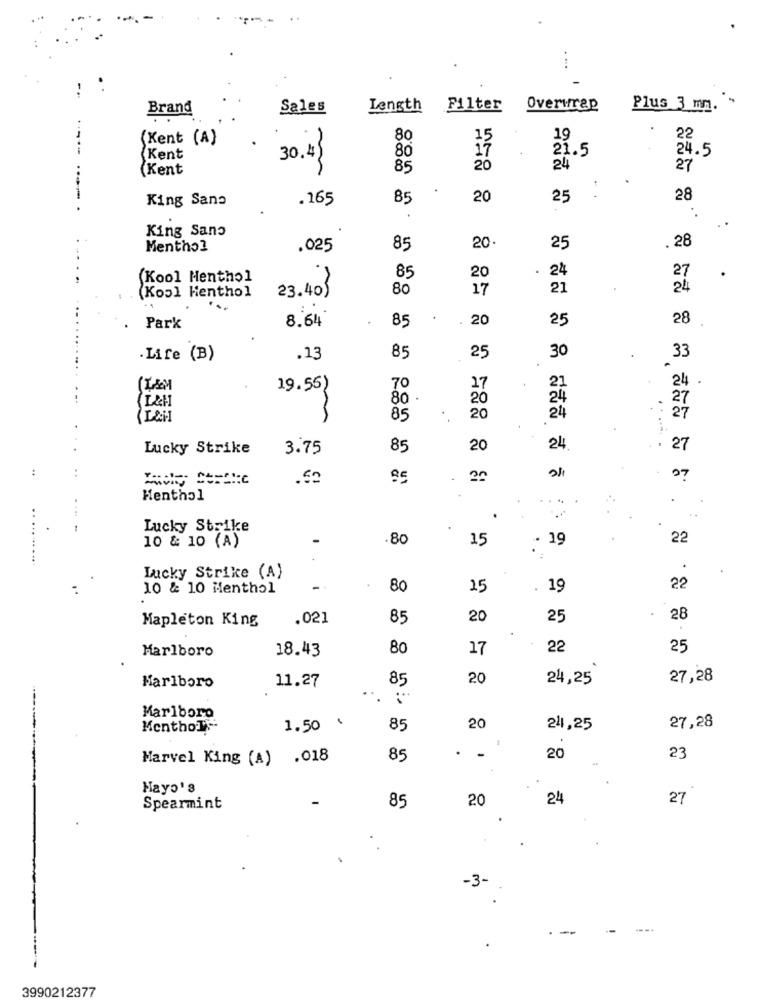
Brand
Sales
Length Filter
Overwrap
Plus 3 mm.
(Kent (A)
80
22
15
21.5
24.5
Kent
30.43
80
(Kent
85
20
24
27
25
King Sana
.165
85
20
28
:
King Sans
Menthol
.025
85
20
25
. 28
24
(Kool Menthol
85
20
27
80
17
21
24
(Kool Henthol
23.40)
...
8.64
20
25
28
Park
85
25
30
Life (B)
.13
85
33
21
24
19.55)
70
17
80
20
24
27
85
20
24
27
Lucky Strike
3.75
85
20
24
27
85
.
20
27
Henthal
...
Lucky Strike
.80
15
- 19
22
10 & 10 (A)
.
Lucky Strike (A)
10 & 10 Menthol
-
80
25
. 19
22
.021
85
20
25
28
Mapleton King
Marlboro
18.43
80
17
22
25
11.27
85
20
24,25
27,28
Marlboro
...
Marlboro
Menthols
1.50
85
20
241,25
27,28
Marvel King (A) .018
85
20
23
Hayo's
20
24
27
Spearmint
85
.
-3-
--.
3990212377